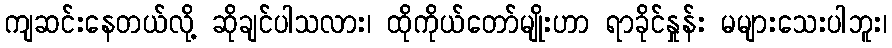
ကျဆင်းနေတယ်လို့ ဆိုချင်ပါသလား၊ ထိုကိုယ်တော်မျိုးဟာ ရာခိုင်နှုန်း မများသေးပါဘူး၊